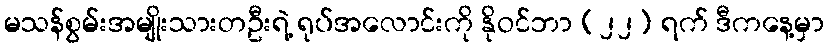
မသန်စွမ်းအမျိုးသားတဦးရဲ့ ရုပ်အလောင်းကို နိုဝင်ဘာ (၂၂) ရက် ဒီကနေ့မှာ